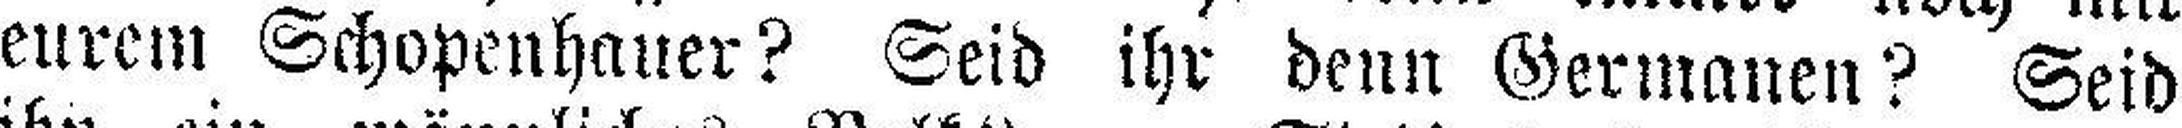
eurem Schopenhauer? Seid ihr denn Germanen? Seid